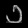
Digit: ၁